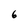
Character: 6